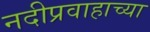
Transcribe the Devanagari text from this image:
नदीप्रवाहाच्या